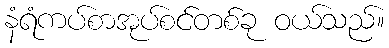
နံရံကပ်စာအုပ်စင်တစ်ခု ဝယ်သည်။